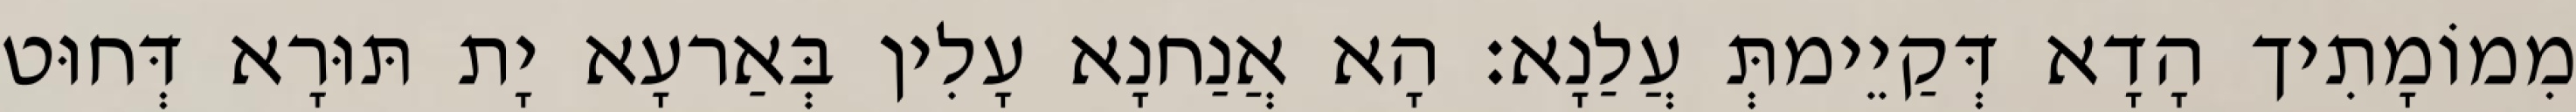
מִמוֹמָתִיך הָדָא דְּקַיֵימתְּ עֲלַנָא׃ הָא אֲנַחנָא עָלִין בְּאַרעָא יָת תּוּרָא דְּחוּט